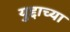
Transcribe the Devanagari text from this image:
युद्दाच्या